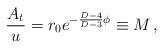
LaTeX: \begin{align*}{A_t \over u} = r_0 e^{-{D-4 \over D-3} \phi} \equiv M\, ,\end{align*}